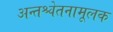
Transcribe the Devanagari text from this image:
अन्तश्चेतनामूलक